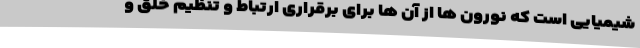
شیمیایی است که نورون ها از آن ها برای برقراری ارتباط و تنظیم خلق و